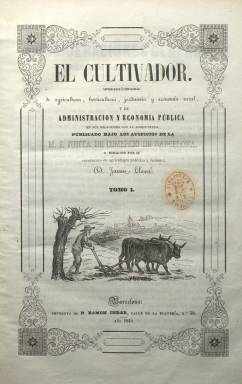
Título: El Cultivador (Barcelona)
Colección: Agricultura y ganadería
Ámbito geográfico: Barcelona
Lugar de publicación: Barcelona
Fechas: 01/01/1848-31/12/1850

“Periódico de agricultura, horticultura, jardinería, economía rural y administración y economía pública en sus relaciones con la agricultura” es el largo subtítulo de esta publicación, en el que queda resumida la naturaleza de sus contenidos. Indica también bajo su cabecera que es publicado “bajos los auspicios” de la Muy Ilustre Junta de Comercio de Barcelona, que era como se conocía a la Junta Provincial de Agricultura, Industria y Comercio, instituida en 1847, y considerada como sucesora de la Real Junta de Comercio del Principado de Cataluña, cuyo origen se remonta a 1758. También se indica en su cabecera que estaba dirigido por su catedrático de Agricultura Práctica y Botánica, Jaime Llansó (1806-1862). Este médico será también catedrático de Agricultura de la Escuela Industrial de Barcelona (1851).

Comenzó a publicarse el uno de abril de 1848, en entregas quincenales de dieciséis páginas, aunque llegan a serlo de 24 y también de ocho, que, con foliación continuada, forman tomos anuales. En la colección de la Biblioteca Nacional de España, el primero (484 páginas) alcanza hasta la entrega número 44, correspondiente al 15 de marzo de 1849. Reinicia la secuencia numérica el uno de abril de 1849, alcanzando hasta el número 50, de 15 de diciembre, y formando el segundo tomo (580 páginas). El tercero (448 páginas) comienza el uno de enero de 1850 y llega hasta el número 41, de 15 de diciembre de este año.

Cada tomo incluye un Índice o tabla general de materias, clasificadas en las que quedan señaladas en su subtítulo, además de otras relativas a ganadería, a las escuelas y enseñanza agrarias o a las sequías en las provincias de Murcia y Almería, sumando otra sección denominada Parte oficial, con reales órdenes y otras normativas legales relativas a estos asuntos emanadas del gobierno, desde la creación del Ministerio de Comercio, Instrucción y Obras Públicas, el 28 de enero de 1847, así como otra de Variedades. Su principal redactor es el propio Llansó, que contará con algunos otros colaboradores. Publica artículos teóricos y técnicos y sobre hechos prácticos de interés para los agrónomos y el fomento de la agricultura, en “una época en que se promovieron saludables reformas administrativas”, tal como indica Braulio Antón Ramírez en su diccionario (1863).

Su publicación recibió elogios tanto de autoridades como de la prensa de la época. Se distribuía a organismos y entidades públicas, como ayuntamientos, juntas provinciales de agricultura y sociedades económicas, científicas y literarias, y a los suscriptores distribuía gratis semillas de plantas. Compuesto a dos columnas, carece de ilustraciones, excepto el grabado que lleva al comienzo de cada tomo de la colección, pero sí algunas viñetas. Debió seguir publicándose hasta 1853, formando su colección un total de seis tomos en 4º prolongado. Salió de las imprentas de Ramón Martín Indar, José Matas de Bodallés y de El Sol.